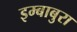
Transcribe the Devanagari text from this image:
इम्बाबुरा